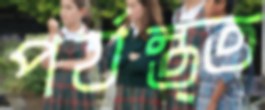
পর্যন্ত্ত